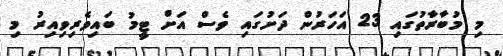
މި މުބާރާތުގައި 23 އަހަރުން ދަށުގައި ވެސް އަށް ޓީމު ބައިވެރިވިއިރު މި